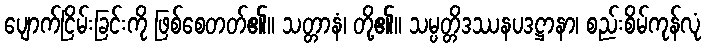
ပျောက်ငြိမ်းခြင်းကို ဖြစ်စေတတ်၏။ သတ္တာနံ၊ တို့၏။ သမ္ပတ္တိဒဿနပဒဋ္ဌာနာ၊ စည်းစိမ်ကုန်လုံ